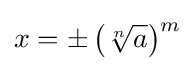
x=\pm \left({\sqrt[{n}]{a}}\right)^{m}